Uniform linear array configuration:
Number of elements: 16
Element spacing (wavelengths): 0.75
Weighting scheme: exponential
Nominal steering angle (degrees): -30
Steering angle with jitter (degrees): -31.617
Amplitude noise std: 0.05
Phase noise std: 0.05

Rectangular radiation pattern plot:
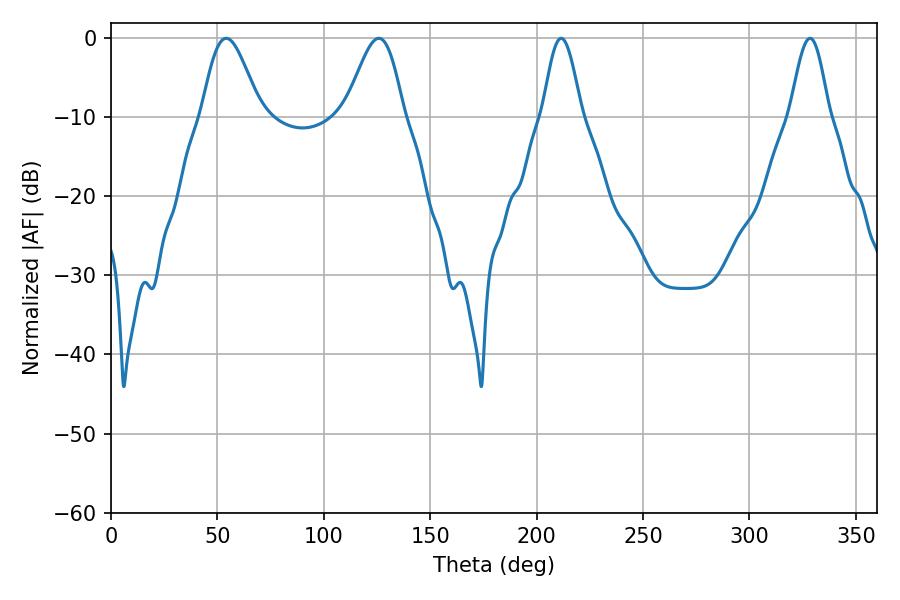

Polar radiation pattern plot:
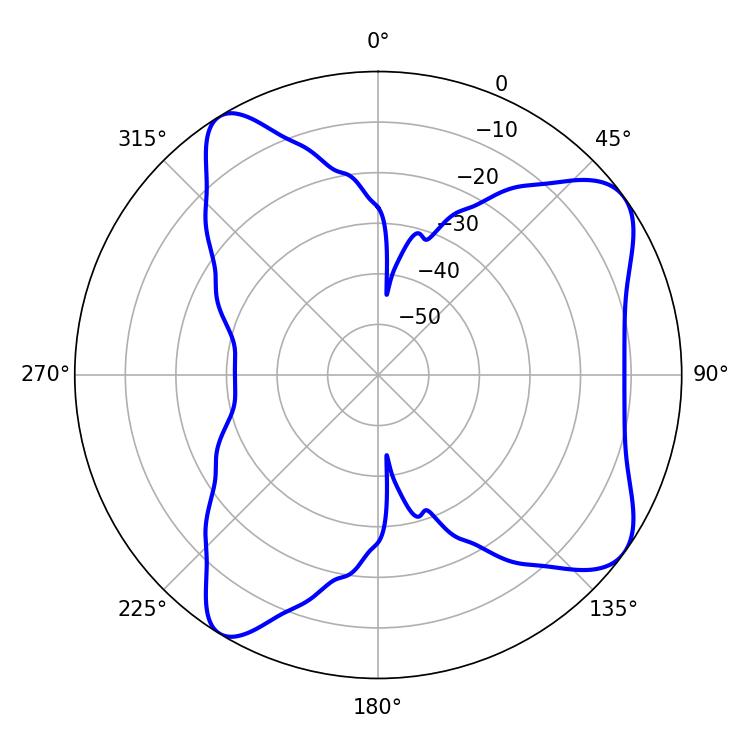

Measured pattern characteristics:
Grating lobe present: TRUE
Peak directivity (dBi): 8.115
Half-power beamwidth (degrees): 9.72
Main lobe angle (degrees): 211.5